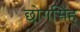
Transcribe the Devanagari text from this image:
छोगसिंह